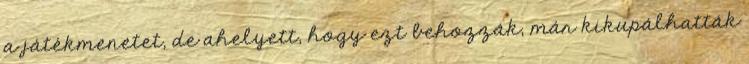
a játékmenetet, de ahelyett, hogy ezt behozzák, már kikupálhatták